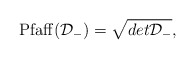
\begin{align*}{\rm Pfaff}({\cal D}_{-})=\sqrt{det{\cal D}_{-}},\end{align*}